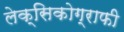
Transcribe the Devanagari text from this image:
लेक्सिकोग्राफी